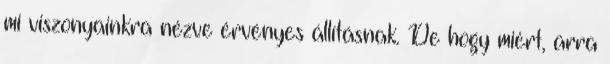
mi viszonyainkra nézve érvényes állításnak. De hogy miért, arra